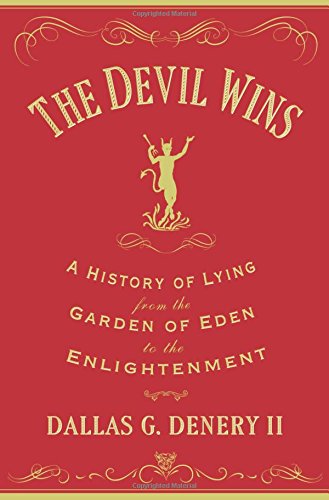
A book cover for The Devil Wins: A History of Lying from the Garden of Eden to the Enlightenment; Dallas G. Denery; Politics & Social Sciences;